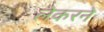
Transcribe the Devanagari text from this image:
लेकरने